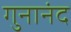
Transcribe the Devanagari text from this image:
गुनानंद